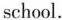
school.